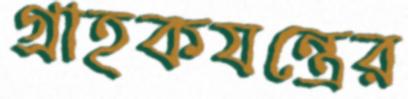
গ্রাহকযন্ত্রের